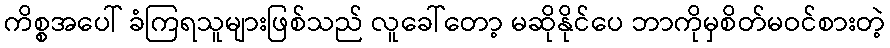
ကိစ္စအပေါ် ခံကြရသူများဖြစ်သည် လူခေါ်တော့ မဆိုနိုင်ပေ ဘာကိုမှစိတ်မဝင်စားတဲ့